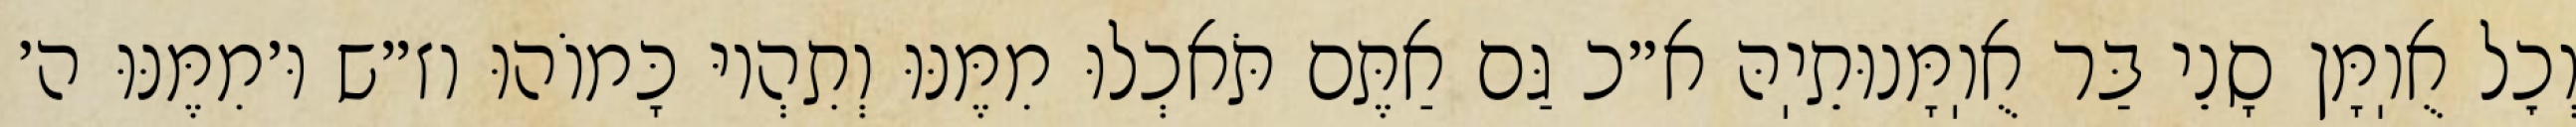
וְכׇל אֻוֽמָּן סָנֵי בַּר אֻוֽמָּנוּתֵיֽהּ א״כ גַּם אַתֶּם תֹּאכְלוּ מִמֶּנּוּ וְתִהְיוּ כָּמוֹהוּ וז״ש וּ׳מִמֶּנּוּ ה׳